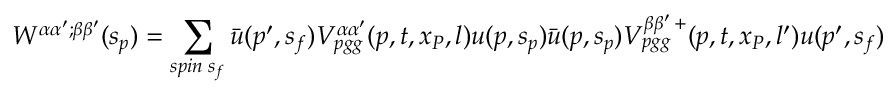
W ^ { \alpha \alpha ^ { \prime } ; \beta \beta ^ { \prime } } ( s _ { p } ) = \sum _ { s p i n \; s _ { f } } \bar { u } ( p ^ { \prime } , s _ { f } ) V _ { p g g } ^ { \alpha \alpha ^ { \prime } } ( p , t , x _ { P } , l ) u ( p , s _ { p } ) \bar { u } ( p , s _ { p } ) V _ { p g g } ^ { \beta \beta ^ { \prime } \, + } ( p , t , x _ { P } , l ^ { \prime } ) u ( p ^ { \prime } , s _ { f } )